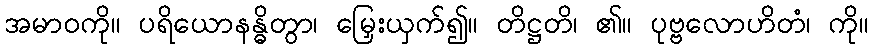
အမာဝကို။ ပရိယောနန္ဓိတွာ၊ မြှေးယှက်၍။ တိဋ္ဌတိ၊ ၏။ ပုဗ္ဗလောဟိတံ၊ ကို။